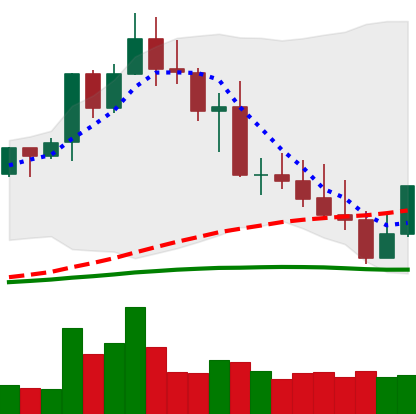
Ticker: XMR-USD
Chart end date: 2022-05-04
Forward return: -22.129%
Label: down_7plus